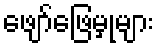
ဖျော်ဖြေမှုများ